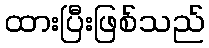
ထားပြီးဖြစ်သည်